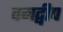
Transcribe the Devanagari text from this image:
वनद्वीप